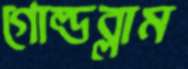
গোল্ডব্লাম